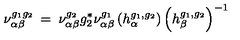
\nu _ { \alpha \beta } ^ { g _ { 1 } g _ { 2 } } \: = \: \nu _ { \alpha \beta } ^ { g _ { 2 } } g _ { 2 } ^ { * } \nu _ { \alpha \beta } ^ { g _ { 1 } } \left( h _ { \alpha } ^ { g _ { 1 } , g _ { 2 } } \right) \left( h _ { \beta } ^ { g _ { 1 } , g _ { 2 } } \right) ^ { - 1 }